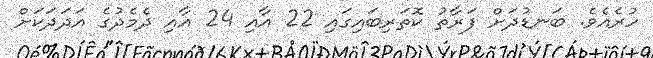
ހުރެއެވެ. ބަނޑުދަށް ފަރާތު ކޮތަރިބައިގައި 22 އާއި 24 އާއި ދެމެދުގެ އަދަދަކަށް